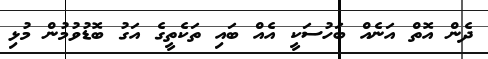
ދެން އޮތް އަނެއް ބަހުސަކީ އެއް ބައި ތަކެތީގެ އަގު ބޮޑުވުމުން މުޅި